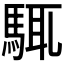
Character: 𩣘